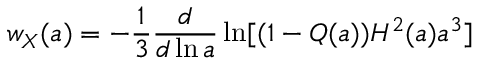
w _ { X } ( a ) = - \frac { 1 } { 3 } \frac { d } { d \ln a } \ln [ ( 1 - Q ( a ) ) H ^ { 2 } ( a ) a ^ { 3 } ]